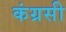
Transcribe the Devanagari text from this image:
कंग्रसी